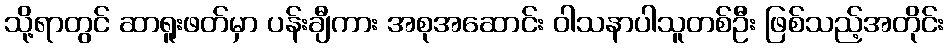
သို့ရာတွင် ဆာရူးဖတ်မှာ ပန်းချီကား အစုအဆောင်း ဝါသနာပါသူတစ်ဦး ဖြစ်သည့်အတိုင်း